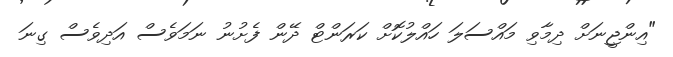
"އިންޖީނަށް ދިމާވި މައްސަލަ ހައްލުކޮށް ކަރަންޓް ދޭން ފެށުނު ނަމަވެސް އަދިވެސް ގިނަ